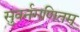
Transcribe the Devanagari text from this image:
सुवर्नगणितम्